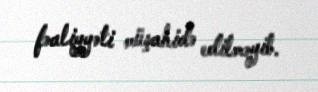
fəaliyyəti müşahidə edilməyib.